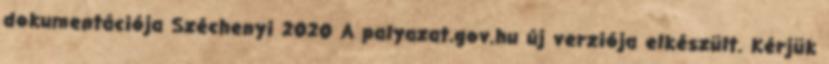
dokumentációja Széchenyi 2020 A palyazat.gov.hu új verziója elkészült. Kérjük